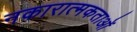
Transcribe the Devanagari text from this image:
नकारात्मकताओं